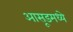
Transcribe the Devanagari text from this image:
आसूडमध्ये